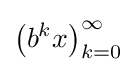
{\left(b^{k}x\right)}_{k=0}^{\infty }